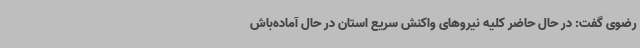
رضوی گفت: در حال حاضر کلیه نیروهای واکنش سریع استان در حال آماده‌باش